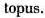
topus.